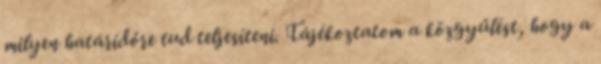
milyen határidőre tud teljesíteni. Tájékoztatom a közgyűlést, hogy a